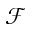
\mathcal { F }